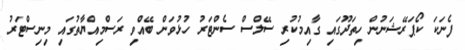
ފެނަކަ ކޯޕަރޭޝަނުން ހިތަދޫގައި ގާއިމުކުރި ސޭލްސް ސެންޓަރު ހުޅުވަން ބޭއްވި ރަސްމިއްޔާތުގައި މިނިސްޓަރު